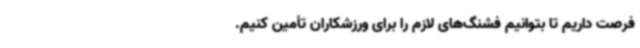
فرصت داریم تا بتوانیم فشنگ‌های لازم را برای ورزشکاران تأمین کنیم.